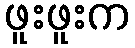
ဖူးဖူးက